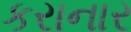
કરાનાર